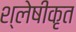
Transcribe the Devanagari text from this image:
श्लेषीकृत